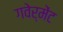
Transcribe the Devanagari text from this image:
गवेर्मेंट